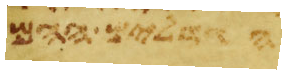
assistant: האנשים ההם